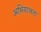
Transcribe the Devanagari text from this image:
अभियाचना